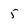
Character: 5